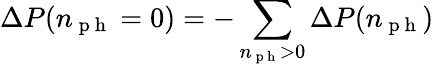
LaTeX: \Delta P(n_{\mathrm{~p~h~}}=0)=-\sum_{n_{\mathrm{~p~h~}}>0}\Delta P(n_{\mathrm{~p~h~}})